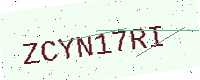
Text: ZCYN17RI